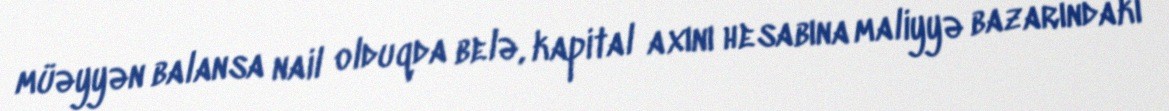
müəyyən balansa nail olduqda belə, kapital axını hesabına maliyyə bazarındakı